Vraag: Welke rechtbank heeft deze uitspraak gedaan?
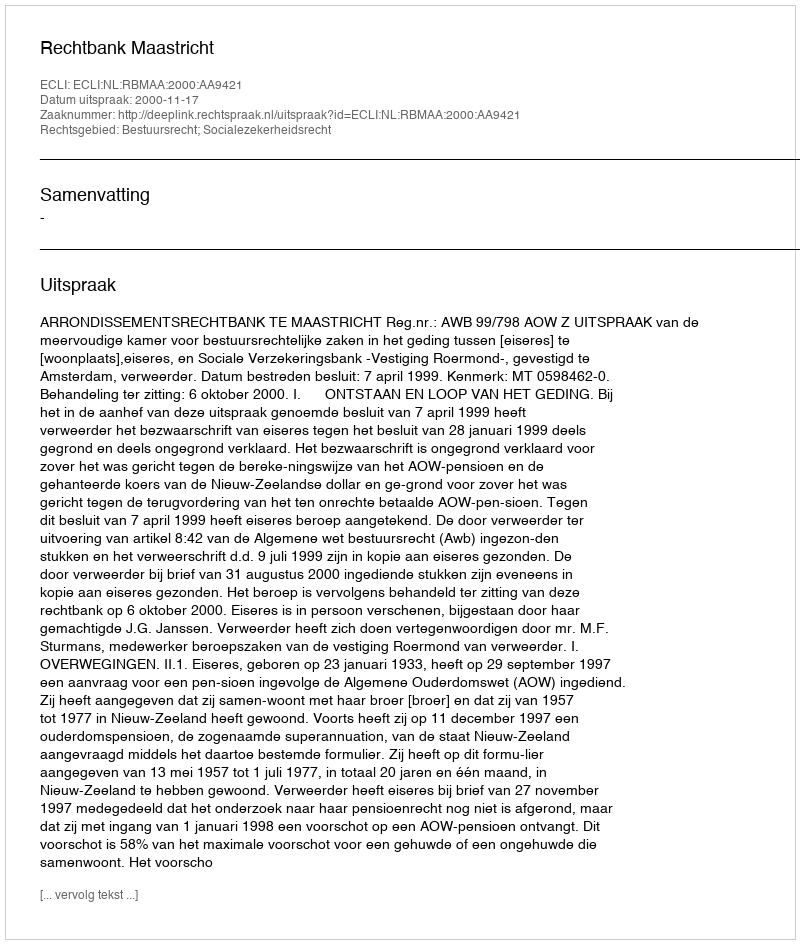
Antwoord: Rechtbank Maastricht